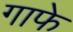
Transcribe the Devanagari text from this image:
गाफे